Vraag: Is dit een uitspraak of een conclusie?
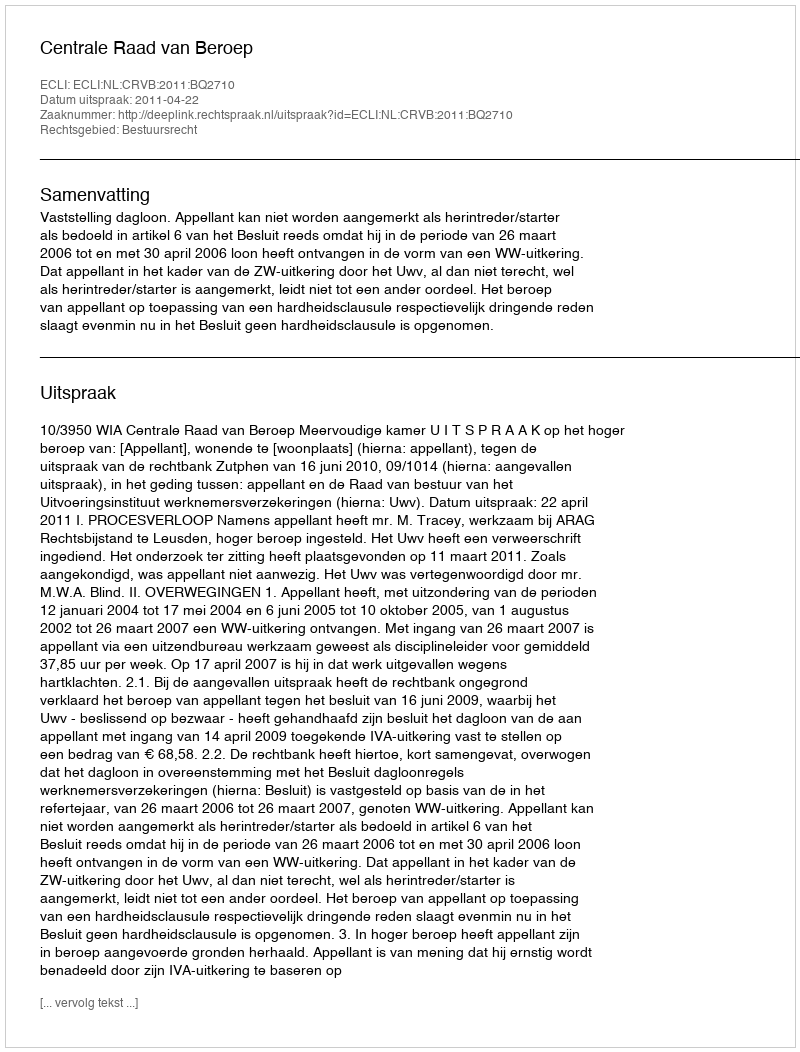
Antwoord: Uitspraak